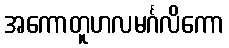
အကောတူဟလမင်္ဂလိကော